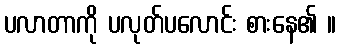
ပလာတာကို ပလုတ်ပလောင်း စားနေ၏ ။